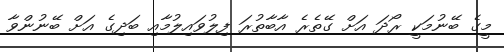
މީގެ ބޭނުމަކީ ރޯދަ އަށް ގޭތެރެ އާބާތުރަ ފިލުވައިލުމާއި ބަދިގެ އަށް ބޭނުންވާ